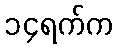
၁၄ရက်က